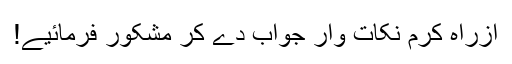
ازراہِ کرم نکات وار جواب دے کر مشکور فرمائیے!